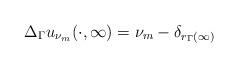
LaTeX: \begin{align*}\Delta_\Gamma u_{\nu_m}(\cdot, \infty) = \nu_m - \delta_{r_\Gamma(\infty)}\end{align*}